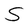
Character: S